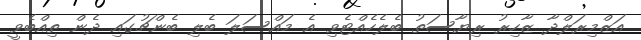
އަޒްމިރަލްދާ ޒާހިރު ރިޔާސަތު ބެލެހެއްޓެވި އެ މައްސަލަ ބެލި ބެންޗުގައި ދެން ތިއްބެވީ